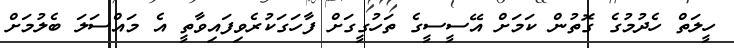
ހީލަތް ހެދުމުގެ ގޮތުން ކަމަށް އޭސީސީގެ ތަހުގީގަށް ފާހަގަކުރެވިފައިވާތީ އެ މައްސަލަ ބެލުމަށް